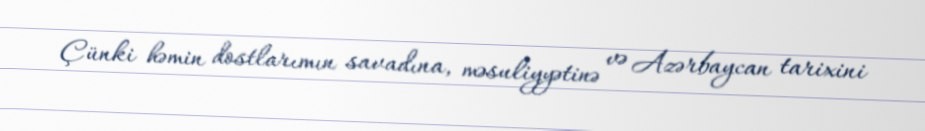
Çünki həmin dostlarımın savadına, məsuliyyətinə və Azərbaycan tarixini